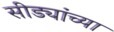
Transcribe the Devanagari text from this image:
सीड्यांच्या